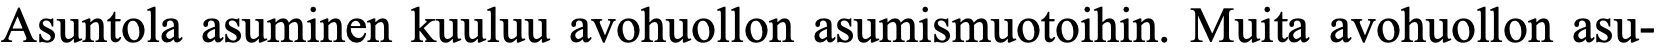
Asuntola asuminen kuuluu avohuollon asumismuotoihin. Muita avohuollon asu-